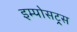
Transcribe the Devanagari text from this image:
इम्पोसट्र्स